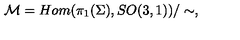
{ \cal M } = H o m ( \pi _ { 1 } ( \Sigma ) , S O ( 3 , 1 ) ) / \sim ,